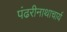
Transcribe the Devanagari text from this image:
पंढरीनाथाचार्य